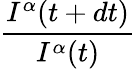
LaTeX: \frac{I^{\alpha}(t+dt)}{I^{\alpha}(t)}